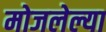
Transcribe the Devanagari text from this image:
मोजलेल्या